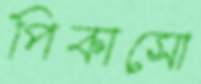
পিকাসো